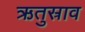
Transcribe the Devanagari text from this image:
ऋतुस्राव